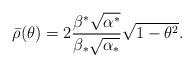
\begin{align*}\bar{\rho}(\theta)=2\frac{\beta^*\sqrt{\alpha^*}}{\beta_*\sqrt{\alpha_*}}\sqrt{1-\theta^2}.\end{align*}